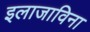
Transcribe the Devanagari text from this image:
इलाजाविना